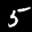
Label: 5